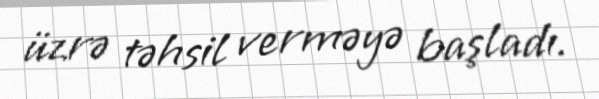
üzrə təhsil verməyə başladı.